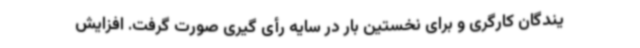
یندگان کارگری و برای نخستین بار در سایه رأی گیری صورت گرفت. افزایش